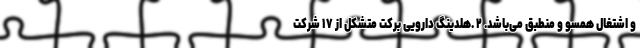
و اشتغال همسو و منطبق می‌باشد. ۲ .هلدینگ دارویی برکت متشکل از ١٧ شرکت